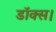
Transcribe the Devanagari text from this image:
डॉक्स।